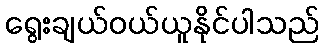
ရွေးချယ်ဝယ်ယူနိုင်ပါသည်